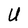
Character: U